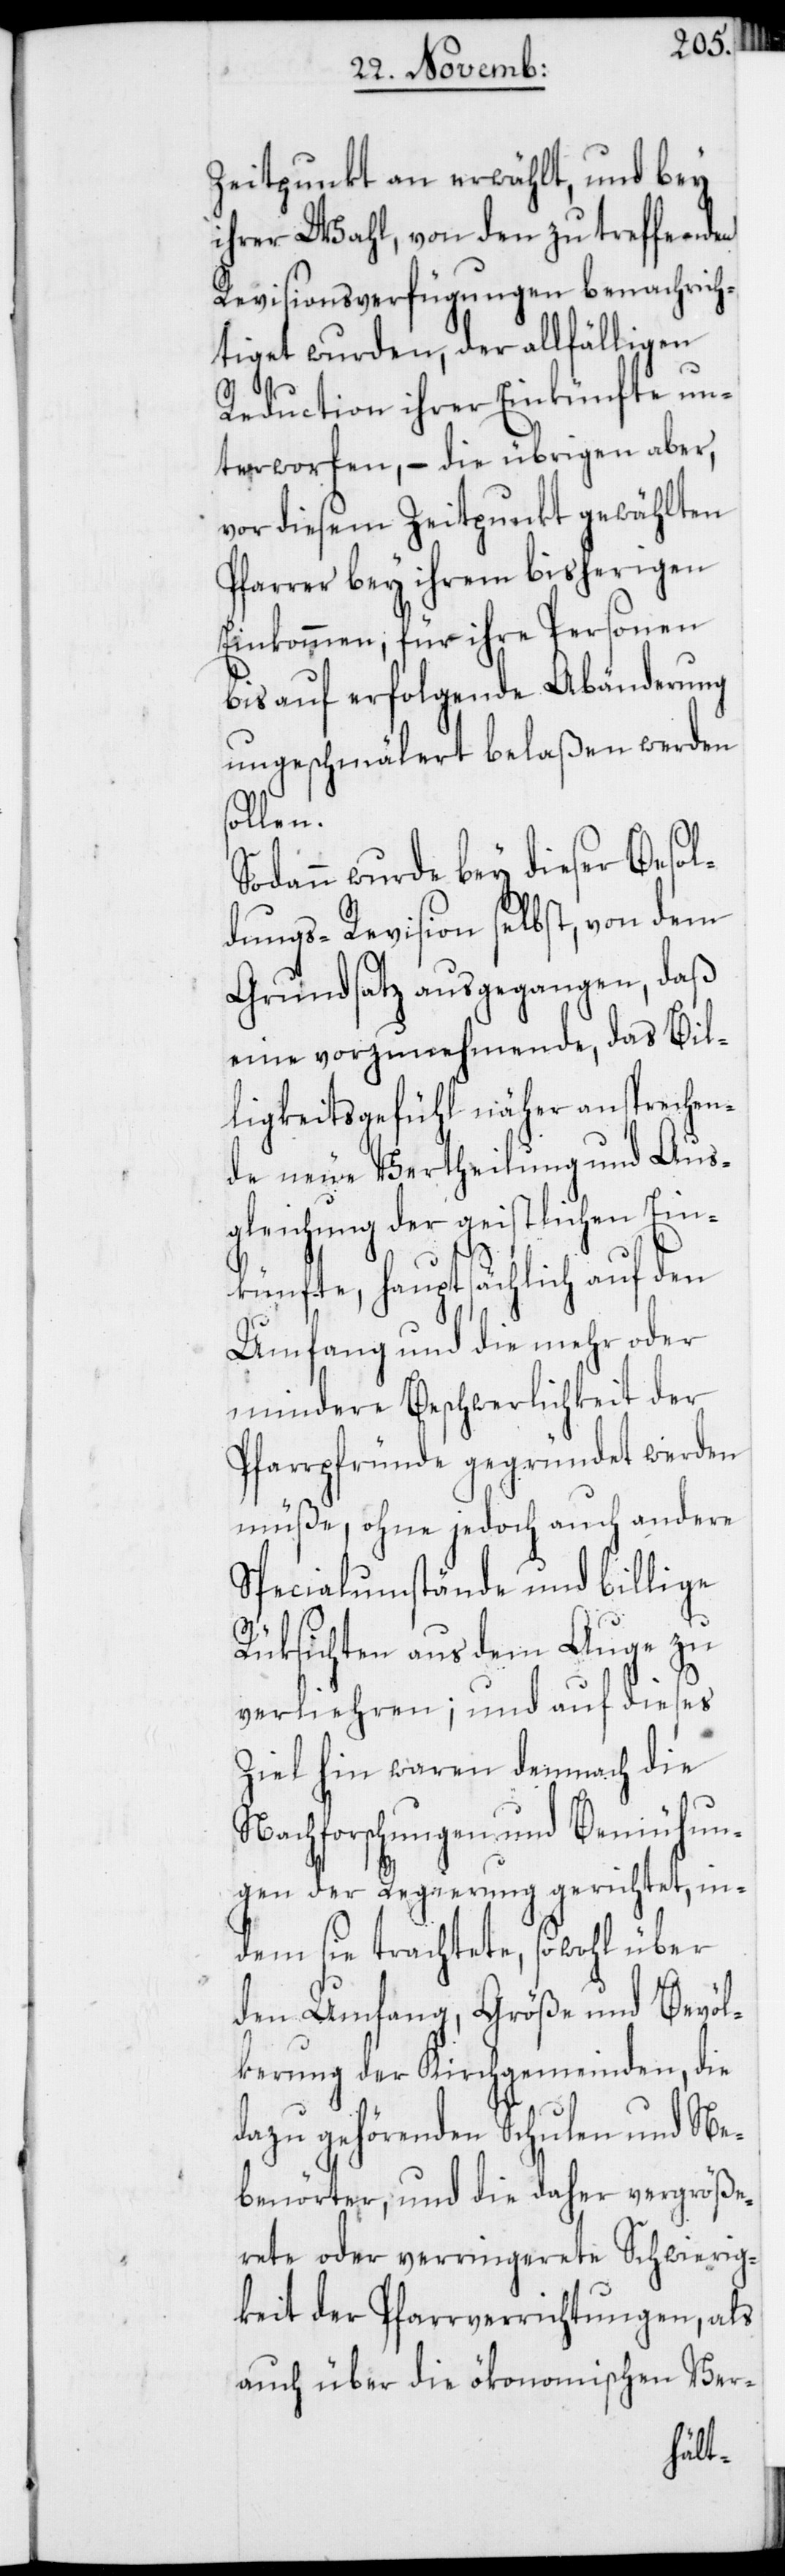
Zeitpunkt an erwählt, und bey
ihrer Wahl, von den zu treffenden
Revisionsverfügungen benachrich¬
tiget wurden, der allfälligen
Reduction ihrer Einkünfte un¬
terworfen, – die übrigen aber,
vor diesem Zeitpunkt gewählten
Pfarrer bey ihrem bisherigen
Einkommen, für ihre Personen
bis auf erfolgende Abänderung
ungeschmälert belaßen werden
sollen.
Sodann wurde bey dieser Besol¬
dungs-Revision selbst, von dem
Grundsatz ausgegangen, daß
eine vorzunehmende, das Bil¬
ligkeitsgefühl näher ansprechen¬
de neue Vertheilung und Aus¬
gleichung der geistlichen Ein¬
künfte, hauptsächlich auf den
Umfang und die mehr oder
mindere Beschwerlichkeit der
Pfarrpfründe gegründet werden
müße, ohne jedoch auch andere
Spezialumstände und billige
Rüksichten aus dem Auge zu
verliehren; und auf dieses
Ziel hin waren demnach die
Nachforschungen und Bemühun¬
gen der Regierung gerichtet, in¬
dem sie trachtete, sowohl über
den Umfang, Größe und Bevöl¬
kerung der Kirchgemeinden, die
dazu gehörenden Schulen und Ne¬
benörter, und die daher vergröße¬
rete oder verringerete Schwierig¬
keit der Pfarrverrichtungen, als
auch über die ökonomischen Ver-